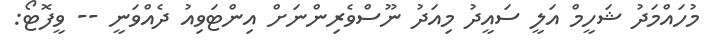
މުހައްމަދު ޝަހީމް އަލީ ސައީދު މިއަދު ނޫސްވެރިންނަށް އިންޓަވިއު ދެއްވަނީ -- ވީފޮޓޯ: